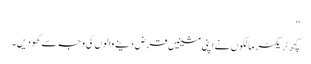
‘‘
کچھ ٹریکٹر مالکوں نے اپنی مشینیں قرض دینے والوں کی وجہ سے کھو دیں۔